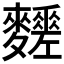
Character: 𪎀